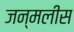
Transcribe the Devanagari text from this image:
जन्मलीस